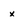
Character: x